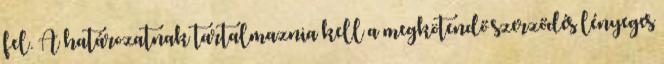
fel. A határozatnak tartalmaznia kell a megkötendő szerződés lényeges